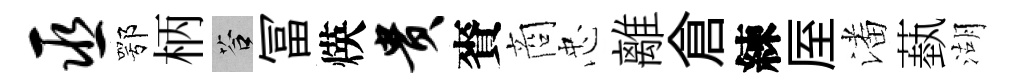
巫鄂柄答冨煐贵賚商忠離倉練厔潘蓺湖